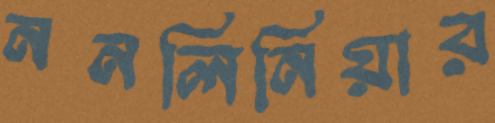
ননলিনিয়ার